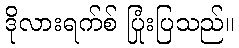
ဒိုလားရက်စ် ပြုံးပြသည်။